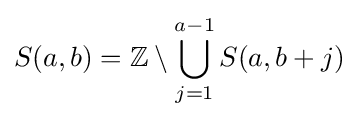
S(a,b)=\mathbb {Z} \setminus \bigcup _{j=1}^{a-1}S(a,b+j)